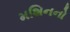
મશિનનો